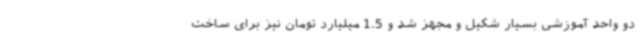
دو واحد آموزشی بسیار شکیل و مجهز شد و 1.5 میلیارد تومان نیز برای ساخت